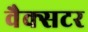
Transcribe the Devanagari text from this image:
वैक्सटर